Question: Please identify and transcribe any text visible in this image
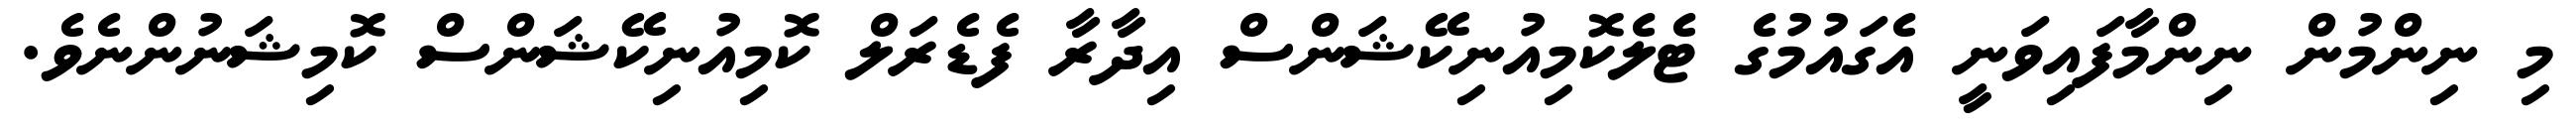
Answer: މި ނިންމުން ނިންމާފައިވަނީ އެގައުމުގެ ޓެލެކޮމިއުނިކޭޝަންސް އިދާރާ ފެޑެރަލް ކޮމިއުނިކޭޝަންސް ކޮމިޝަނުންނެވެ.